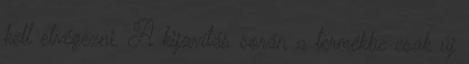
kell elvégezni. A kijavítás során a termékbe csak új